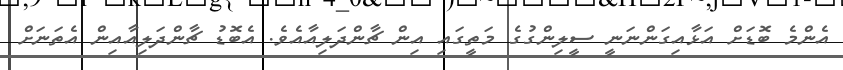
އެންމެ ބޮޑަށް އަޅާއިގަންނަނީ ސީލިންގުގެ މަތީގައި އިން ޗާންދަލިއާއެވެ. އެބޮޑު ޗާންދަލިއާއިން އެތަނަށް